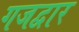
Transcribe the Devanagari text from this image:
गजद्वार